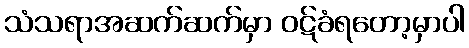
သံသရာအဆက်ဆက်မှာ ဝဋ်ခံရတော့မှာပါ